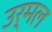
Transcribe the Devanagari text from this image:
उर्मल